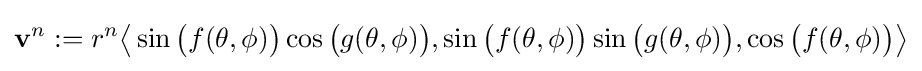
\mathbf {v} ^{n}:=r^{n}{\big \langle }\sin {\big (}f(\theta ,\phi ){\big )}\cos {\big (}g(\theta ,\phi ){\big )},\sin {\big (}f(\theta ,\phi ){\big )}\sin {\big (}g(\theta ,\phi ){\big )},\cos {\big (}f(\theta ,\phi ){\big )}{\big \rangle }